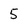
Character: 5